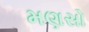
મણસો